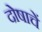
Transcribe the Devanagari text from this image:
दोषाचें